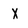
Character: X